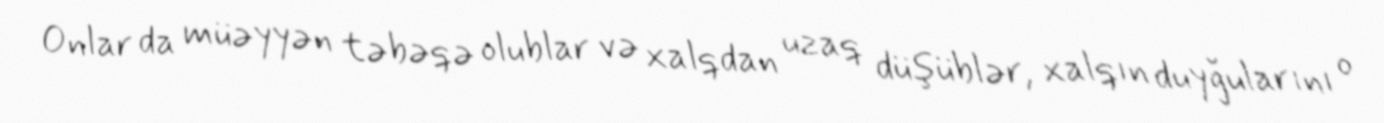
Onlar da müəyyən təbəqə olublar və xalqdan uzaq düşüblər, xalqın duyğularını o